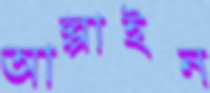
আল্পাইন